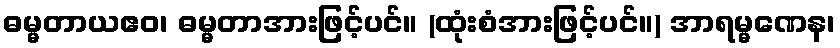
ဓမ္မတာယဧဝ၊ ဓမ္မတာအားဖြင့်ပင်။ (ထုံးစံအားဖြင့်ပင်။) အာရမ္မဏေန၊